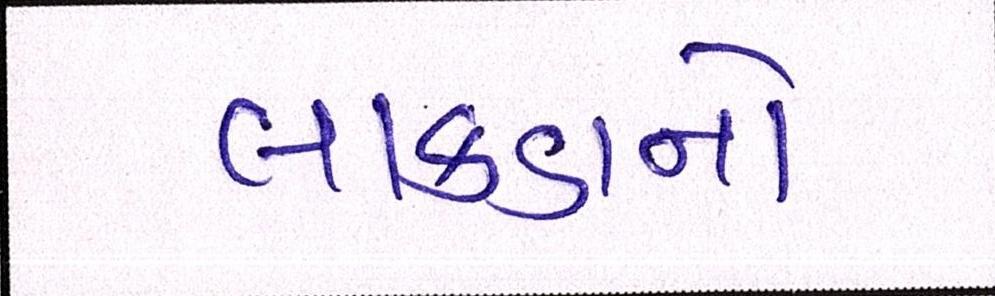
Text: લાકડાનો